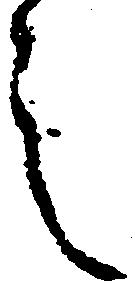
之